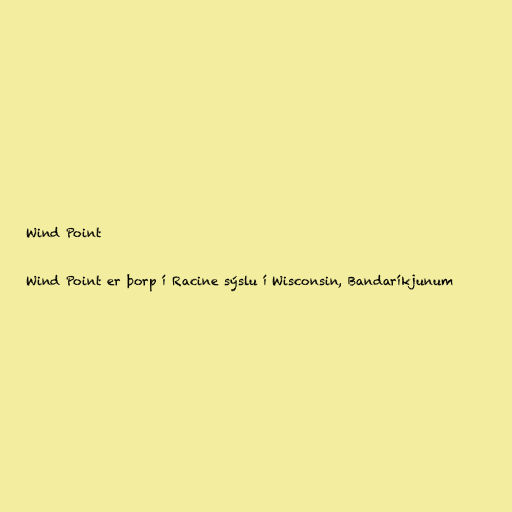
Wind Point

Wind Point er þorp í Racine sýslu í Wisconsin, Bandaríkjunum